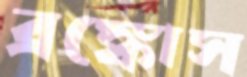
ব্রঙ্কোস